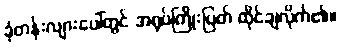
ခုံတန်းလျားပေါ်တွင် အရုပ်ကြိုးပြတ် ထိုင်ချလိုက်၏။